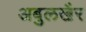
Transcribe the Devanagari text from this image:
अबुलखैर